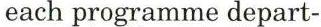
each programme depart-